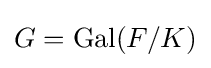
G=\mathrm {Gal} (F/K)